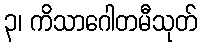
၃၊ ကိသာဂေါတမီသုတ်